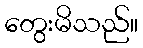
တွေးမိသည်။